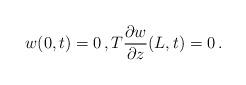
LaTeX: \begin{align*}w(0,t) & =0\,,T\frac{\partial w}{\partial z}(L,t)=0\,.\end{align*}